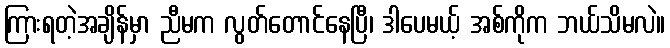
ကြားရတဲ့အချိန်မှာ ညီမက လွတ်တောင်နေပြီ၊ ဒါပေမယ့် အစ်ကိုက ဘယ်သိမလဲ။